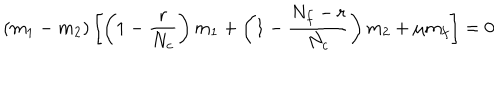
( m _ { 1 } - m _ { 2 } ) \left[ \left( 1 - \frac { r } { N _ { c } } \right) m _ { 1 } + \left( 1 - \frac { N _ { f } - r } { N _ { c } } \right) m _ { 2 } + \mu m _ { f } \right] = 0